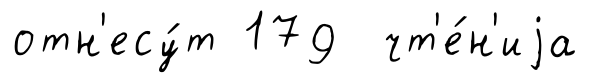
отн'есу́т 179 чт'е́н'иjа